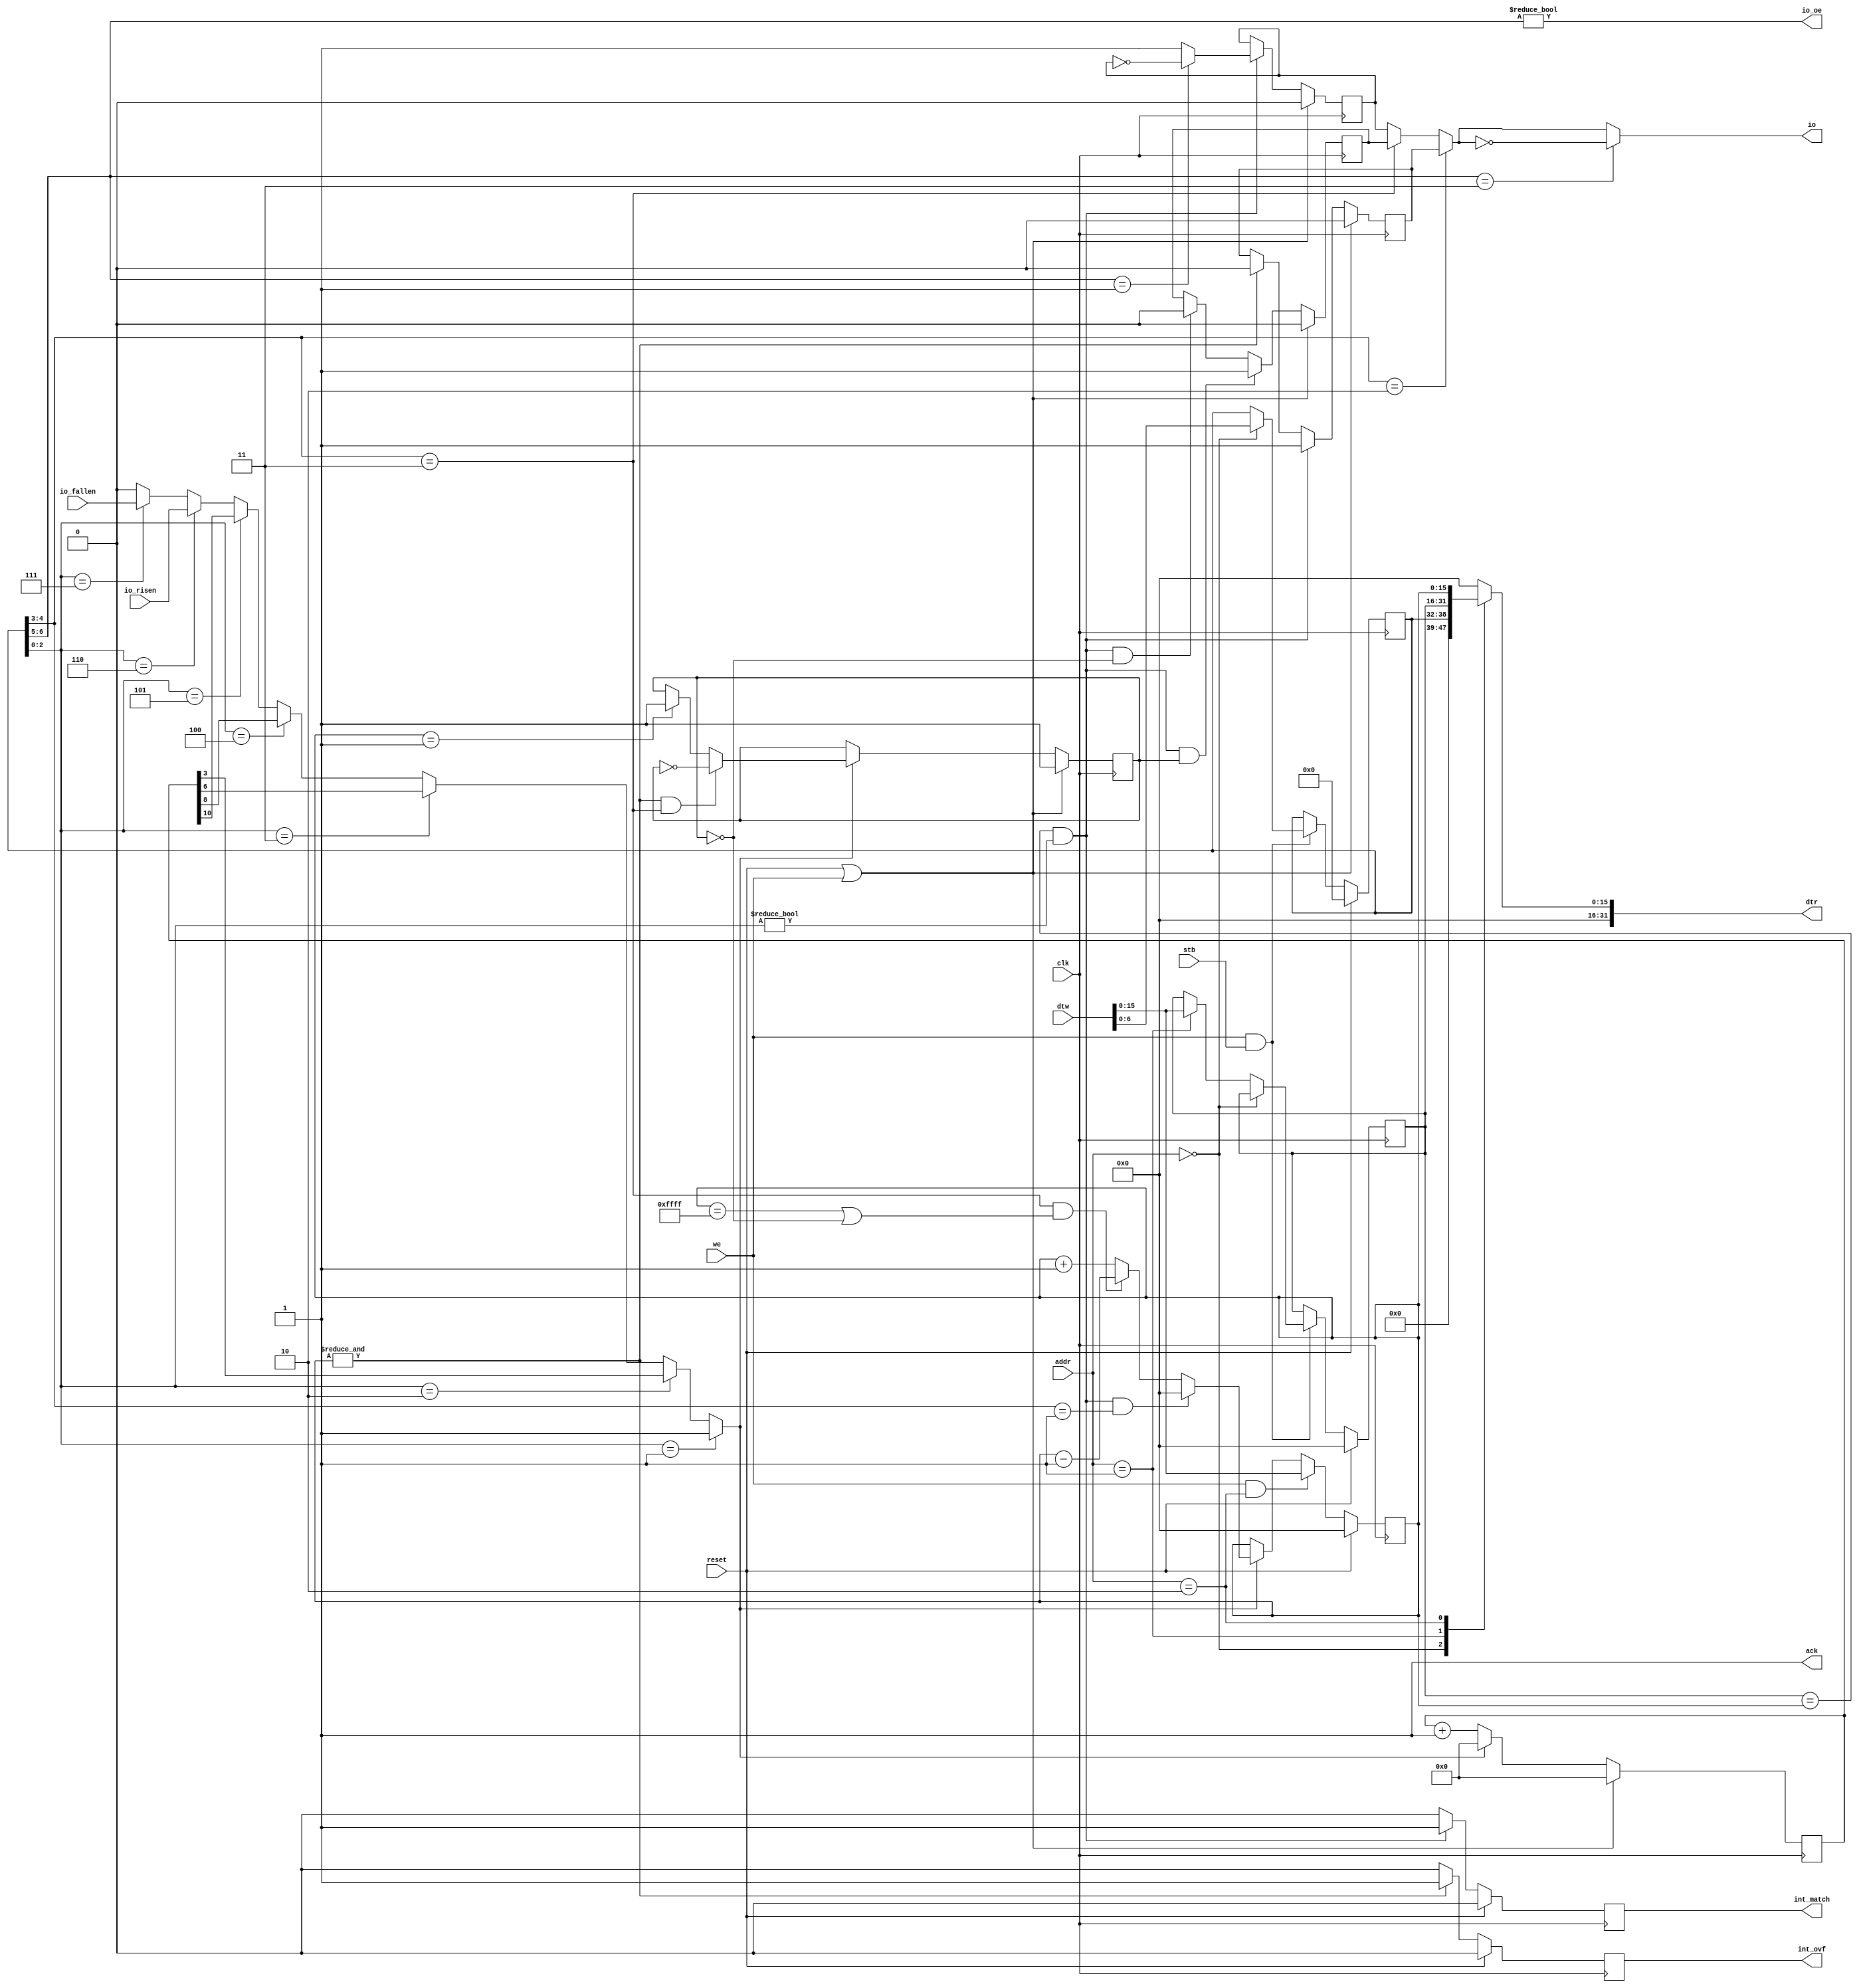
/**
 * Copyright (c) 2020 The HSC Core Authors
 * 
 * Licensed under the Apache License, Version 2.0 (the "License");
 * you may not use this file except in compliance with the License.
 * You may obtain a copy of the License at
 * 
 *     https://www.apache.org/licenses/LICENSE-2.0
 * 
 * Unless required by applicable law or agreed to in writing, software
 * distributed under the License is distributed on an "AS IS" BASIS,
 * WITHOUT WARRANTIES OR CONDITIONS OF ANY KIND, either express or implied.
 * See the License for the specific language governing permissions and
 * limitations under the License. SPDX-License-Identifier: Apache-2.0
 * 
 * @file   dev_timer.v
 * @author Kevin Dai <kevindai02@outlook.com>
 * @date   Created on December 17 2020, 12:31 AM
 */

module dev_timer (
    input   wire clk,
    input   wire reset,

    // Outputs
    output  reg  int_match,
    output  reg  int_ovf,
    output  wire io,
    output  wire io_oe,

    // Pulse for 1T if I/O risen/fallen
    input wire io_risen,
    input wire io_fallen,

    // R/W Port
    input wire we,
    input wire[1:0] addr,
    input wire[31:0] dtw,
    output reg[31:0] dtr,
    input wire stb,
    output wire ack
);
    parameter TIMER_BITS = 16;

`define TIMER_MODE_CTC      1
`define TIMER_MODE_SPWM     2 // Single edge PWM
`define TIMER_MODE_DPWM     3 // Dual edge PWM (rise/fall)
`define TIMER_OUTPUT_TOGGLE 1
`define TIMER_OUTPUT_INV    3

    // Registers
    reg[6:0] tconfig;
    reg[TIMER_BITS-1:0] match;
    reg[TIMER_BITS-1:0] counter;
    wire[2:0] clk_source = tconfig[2:0];
    wire[1:0] timer_mode = tconfig[4:3];
    wire[1:0] output_mode = tconfig[6:5];
    always @(*) case(addr)
        0: dtr = { 25'b0, tconfig };
        1: dtr = { {(32-TIMER_BITS){1'b0}}, match };
        2: dtr = { {(32-TIMER_BITS){1'b0}}, counter };
        default: dtr = 0;
    endcase

    // Timer scaling
    reg[10:0] divider;
    wire scale_clk =
        clk_source == 1 ? 1 :
        clk_source == 2 ? divider[3] : // scale clk 8
        clk_source == 3 ? divider[6] : // scale clk 64
        clk_source == 4 ? divider[8] : // scale clk 256
        clk_source == 5 ? divider[10] : // scale clk 1024
        clk_source == 6 ? io_risen :
        clk_source == 7 ? io_fallen : 0;
    // !! Check not disabled !! //
    wire timer_match = match == counter && clk_source != 0;
    wire timer_ovf = & counter;

    reg direction; // 1 is ++
    reg io_normal, io_spwm, io_dpwm;
    wire io_output =
        timer_mode == `TIMER_MODE_SPWM ? io_spwm :
        timer_mode == `TIMER_MODE_DPWM ? io_dpwm : io_normal;
    assign io = output_mode == `TIMER_OUTPUT_INV ? ~io_output : io_output;
    assign io_oe = output_mode != 0;

    // Configuration, drives: match, tconfig
    always @(posedge clk) if(reset) begin
        match <= 0;
        tconfig <= 0;
    end else if(we && stb) begin
        if(addr == 0) begin
            tconfig <= dtw[6:0];
        end else if(addr == 1) begin
            match <= dtw[TIMER_BITS-1:0];
        end
    end
    assign ack = 1;
    /*always @(posedge clk) if(reset) begin
        ack <= 0;
    end else if(stb) begin
        ack <= 1;
    end else begin
        ack <= 0;
    end*/
    
    // Clock divider, drives: divider
    always @(posedge clk) if(reset || we) begin
        divider <= 0;
    end else begin
        if(scale_clk) begin
            divider <= 0;
        end else begin
            divider <= divider + 1;
        end
    end

    // Counter, drives: counter
    always @(posedge clk) if(reset) begin
        counter <= 0;
    end else if(we && addr == 2) begin
        counter <= dtw[TIMER_BITS-1:0];
    end else if(scale_clk) begin
        if(timer_match && timer_mode == `TIMER_MODE_CTC) begin
            counter <= 0;
        end else begin
            counter <=
                timer_mode == `TIMER_MODE_DPWM && (counter == {TIMER_BITS{1'b1}} || !direction) ?
                counter - 1 : counter + 1;
        end
    end

    // Counter direction, drives: direction
    always @(posedge clk) if(reset || we) begin
        direction <= 1;
    end else if(scale_clk) begin
        if(timer_ovf && timer_mode == `TIMER_MODE_DPWM) begin
            direction <= ~direction;
        end else if(counter == 1) begin
            direction <= 1;
        end
    end

    // Timer output, drives: io_normal
    always @(posedge clk) if(reset || we) begin
        io_normal <= 0;
    end else begin
        if(timer_match) begin
            io_normal <= output_mode == `TIMER_OUTPUT_TOGGLE ? ~io_normal : 1;
        end
    end

    // Timer output, drives: io_spwm
    always @(posedge clk) if(reset || we) begin
        io_spwm <= 0;
    end else begin
        if(timer_match) begin
            io_spwm <= 1;
        end else if(timer_ovf) begin
            io_spwm <= 0;
        end
    end

    // Timer output, drives: io_dpwm
    always @(posedge clk) if(reset || we) begin
        io_dpwm <= 0;
    end else begin
        if(timer_match && direction) begin
            io_dpwm <= 1;
        end else if(timer_match && !direction) begin
            io_dpwm <= 0;
        end
    end

    // Interrupts, drive: int_match
    always @(posedge clk) if(reset) begin
        int_match <= 0;
    end else begin
        if(timer_match) begin
            int_match <= 1;
        end else begin
            int_match <= 0;
        end
    end

    // Interrupts, drive: int_ovf
    always @(posedge clk) if(reset) begin
        int_ovf <= 0;
    end else begin
        if(timer_ovf) begin
            int_ovf <= 1;
        end else begin
            int_ovf <= 0;
        end
    end
endmodule